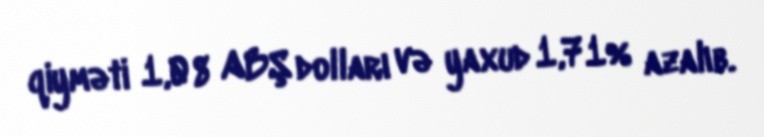
qiyməti 1,08 ABŞ dolları və yaxud 1,71% azalıb.